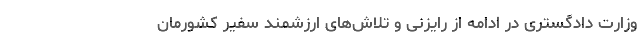
وزارت دادگستری در ادامه از رایزنی و تلاش‌های ارزشمند سفیر کشورمان